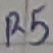
Text: R5